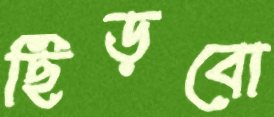
ছিঁড়বো